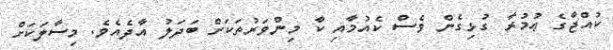
ކުއްޖާގެ ޢުމުރާ ގުޅިގެން ވެސް ކެއުމާއި ކާ މިންވަރުތަކަށް ބަދަލު އާދެއެވެ. މިސާލަކަށް